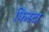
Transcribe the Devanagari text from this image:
फिस्टा